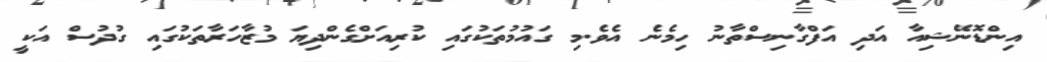
އިންޑޮނޭޝިއާ އަދި އަފްގާނިސްތާނު ހިމެނެ އެވެ.މި ގައުމުތަކުގައި ކުރިއަށްގެންދިޔަ މުޒާހަރާތަކުގައި ގުދުސް އަކީ